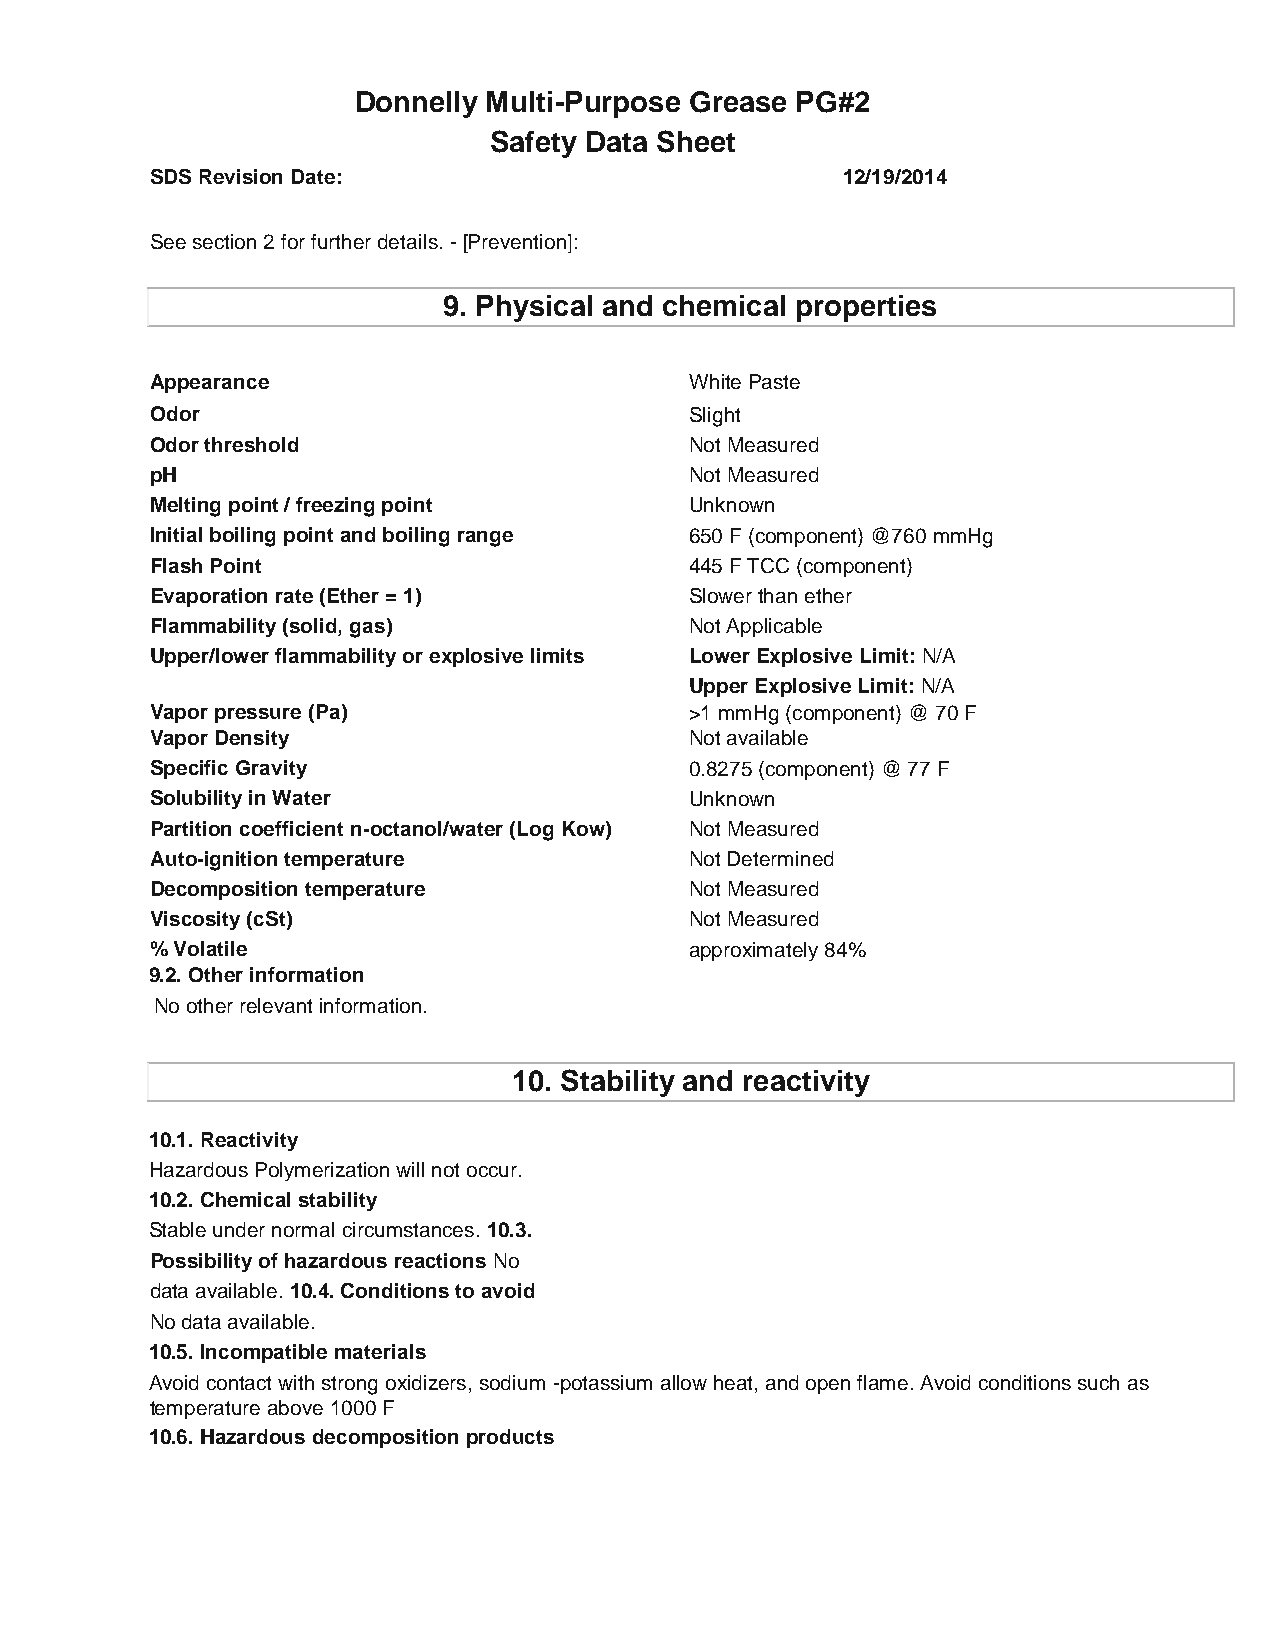
Donnelly Multi-Purpose Grease PG#2
 Safety Data Sheet
 SDS Revision Date:                            12/19/2014
 See section 2 for further details. - [Prevention]:
 9. Physical and chemical properties
 Appearance                          White Paste
 Odor                                Slight
 Odor threshold                      Not Measured
 pH                                  Not Measured
 Melting point / freezing point      Unknown
 Initial boiling point and boiling range 650 F (component) @760 mmHg
 Flash Point                         445 F TCC (component)
 Evaporation rate (Ether = 1)        Slower than ether
 Flammability (solid, gas)           Not Applicable
 Upper/lower flammability or explosive limits Lower Explosive Limit: N/A
 Upper Explosive Limit: N/A
 Vapor pressure (Pa)                 >1 mmHg (component) @ 70 F
 Vapor Density                       Not available
 Specific Gravity                    0.8275 (component) @ 77 F
 Solubility in Water                 Unknown
 Partition coefficient n-octanol/water (Log Kow) Not Measured
 Auto-ignition temperature           Not Determined
 Decomposition temperature           Not Measured
 Viscosity (cSt)                     Not Measured
 % Volatile                          approximately 84%
 9.2. Other information
 No other relevant information.
 10. Stability and reactivity
 10.1. Reactivity
 Hazardous Polymerization will not occur.
 10.2. Chemical stability
 Stable under normal circumstances. 10.3.
 Possibility of hazardous reactions No
 data available. 10.4. Conditions to avoid
 No data available.
 10.5. Incompatible materials
 Avoid contact with strong oxidizers, sodium -potassium allow heat, and open flame. Avoid conditions such as
 temperature above 1000 F
 10.6. Hazardous decomposition products